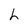
Character: h